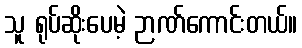
သူ ရုပ်ဆိုးပေမဲ့ ဉာဏ်ကောင်းတယ်။